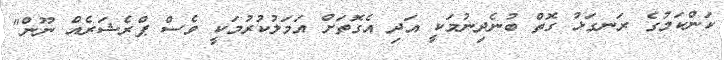
ކަންކަމުގެ ރަނގަޅު ގޮތް ބުނެދިނުމަކީ އަދި އެގޮތަށް އަމަލުކުރުމަކީ ވެސް ޕްރެޝަރެއް ނޫން"